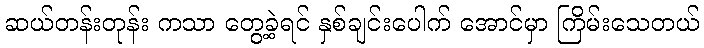
ဆယ်တန်းတုန်း ကသာ တွေ့ခဲ့ရင် နှစ်ချင်းပေါက် အောင်မှာ ကြိမ်းသေတယ်